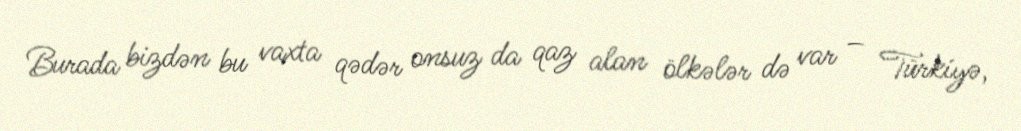
Burada bizdən bu vaxta qədər onsuz da qaz alan ölkələr də var – Türkiyə,